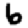
Digit: 6